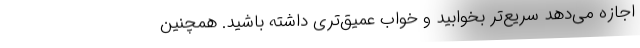
اجازه می‌دهد سریع‌تر بخوابید و خواب عمیق‌تری داشته باشید. همچنین